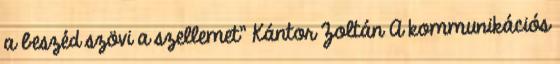
a beszéd szövi a szellemet" Kántor Zoltán A kommunikációs